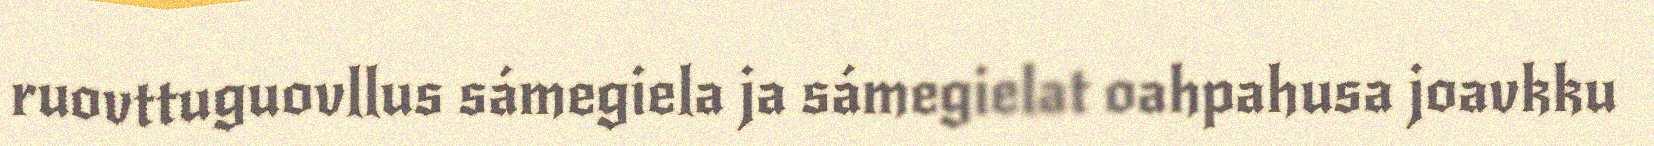
ruovttuguovllus sámegiela ja sámegielat oahpahusa joavkku